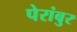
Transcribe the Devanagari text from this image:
पेरांबुर